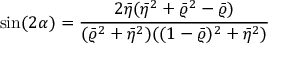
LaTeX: \sin ( 2 \alpha ) = \frac { 2 \bar { \eta } ( \bar { \eta } ^ { 2 } + \bar { \varrho } ^ { 2 } - \bar { \varrho } ) } { ( \bar { \varrho } ^ { 2 } + \bar { \eta } ^ { 2 } ) ( ( 1 - \bar { \varrho } ) ^ { 2 } + \bar { \eta } ^ { 2 } ) }